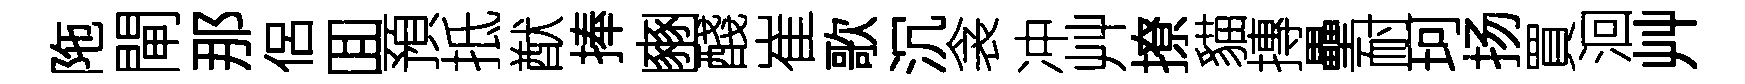
陁閘那侶囬預抵猷捧豳醆崔歌沉衾冲艸撩貓摶壘耐珂扬買洄艸